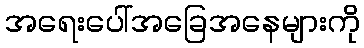
အရေးပေါ်အခြေအနေများကို